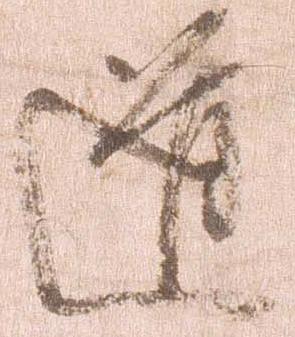
道